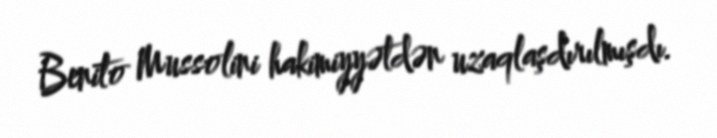
Benito Mussolini hakimiyyətdən uzaqlaşdırılmışdı.